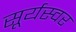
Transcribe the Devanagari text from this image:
सूर्यस्वर